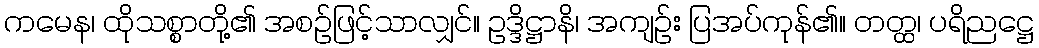
ကမေန၊ ထိုသစ္စာတို့၏ အစဉ်ဖြင့်သာလျှင်။ ဥဒ္ဒိဋ္ဌာနိ၊ အကျဉ်း ပြအပ်ကုန်၏။ တတ္ထ၊ ပရိညဋ္ဌေ